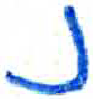
אות: נ